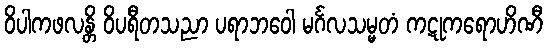
ဝိပါကဖလန္တိ ဝိပရီတသညာ ပရာဘဝေါ မင်္ဂလသမ္မတံ ကဋုကရောဟိဏီ